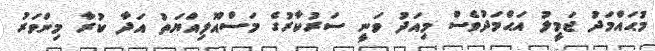
މުޙައްމަދު ޖަމީލު އަޙްމަދުވެސް މިއަދު ވަނީ ސަރުކާރުގެ މަސްއޫލިއްޔަތު އަދާ ކުރާ މިންވަރު